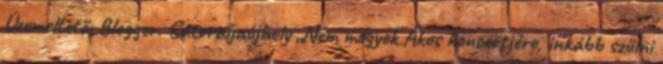
Üzemeltető: Blogger. Sátoraljaújhely „Nem megyek Ákos koncertjére, inkább szülni